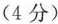
(4分)